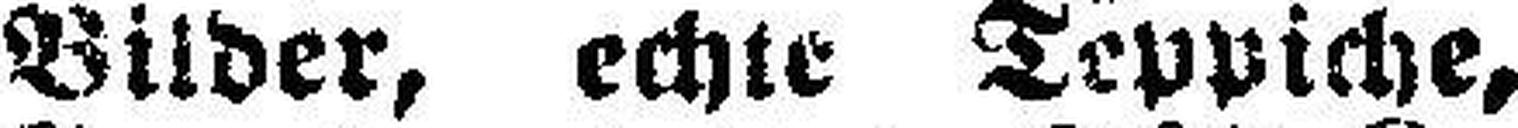
Bilder, echte Teppiche,